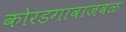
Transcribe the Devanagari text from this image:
कोरडगावाजवळ